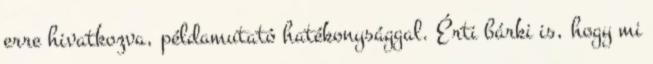
erre hivatkozva, példamutató hatékonysággal. Érti bárki is, hogy mi